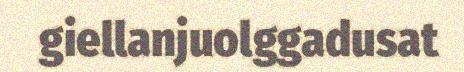
giellanjuolggadusat